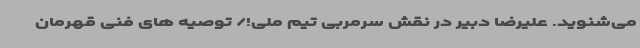
می‌شنوید. علیرضا دبیر در نقش سرمربی تیم ملی!/ توصیه های فنی قهرمان